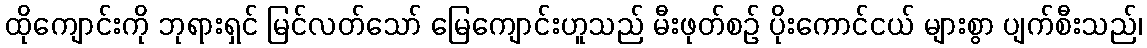
ထိုကျောင်းကို ဘုရားရှင် မြင်လတ်သော် မြေကျောင်းဟူသည် မီးဖုတ်စဉ် ပိုးကောင်ငယ် များစွာ ပျက်စီးသည်၊